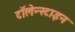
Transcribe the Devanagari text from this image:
टॉलेन्स्टाइन